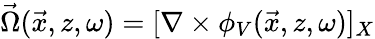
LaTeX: \vec{\Omega}(\vec{x},z,\omega)=[\nabla\times\phi_{V}(\vec{x},z,\omega)]_{X}